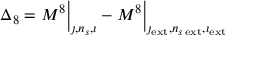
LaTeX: \Delta _ { 8 } = M ^ { 8 } \Big \vert _ { \jmath , n _ { s } , \imath } - M ^ { 8 } \Big \vert _ { \jmath _ { \mathrm { e x t } } , n _ { s \, \mathrm { e x t } } , \imath _ { \mathrm { e x t } } }